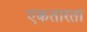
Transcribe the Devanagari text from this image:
एकतारता